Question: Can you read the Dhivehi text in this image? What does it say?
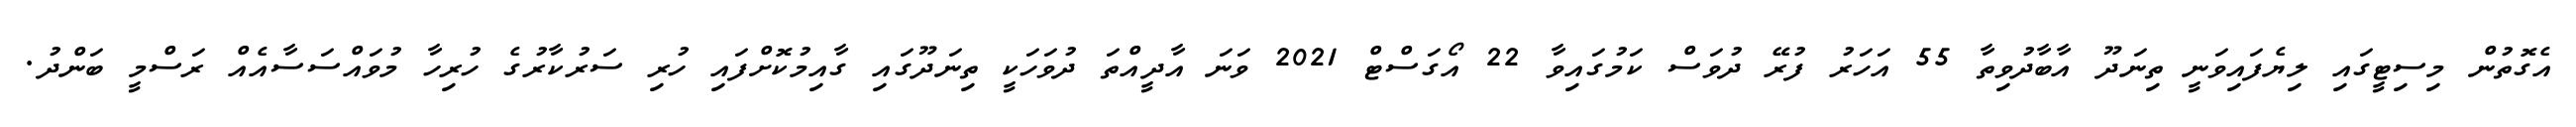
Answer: އެގޮތުން މިސިޓީގައި ލިޔެފައިވަނީ ތިނަދޫ އާބާދުވިތާ 55 އަހަރު ފުރޭ ދުވަސް ކަމުގައިވާ 22 އޯގަސްޓް 2021 ވަނަ އާދީއްތަ ދުވަހަކީ ތިނަދޫގައި ގާއިމުކޮށްފައި ހުރި ސަރުކާރުގެ ހުރިހާ މުވައްސަސާއެއް ރަސްމީ ބަންދު.